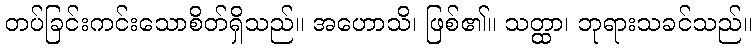
တပ်ခြင်းကင်းသောစိတ်ရှိသည်။ အဟောသိ၊ ဖြစ်၏။ သတ္ထာ၊ ဘုရားသခင်သည်။